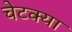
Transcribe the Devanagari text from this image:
चेटक्या